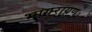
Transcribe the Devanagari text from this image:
भागुरायण